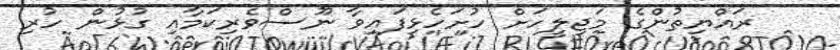
ރައްޔިތުންގެ މަޖިލީހަށް ހުށަހެޅިފައިވާ ނޫސްވެރިކަމާއި ގުޅުން ހުރި